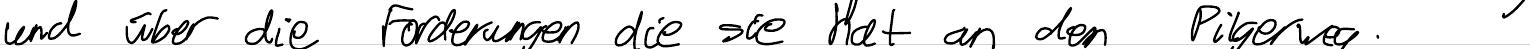
und über die Forderungen die sie hat and den Pilgerweg.